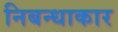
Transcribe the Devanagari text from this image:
निबन्धाकार